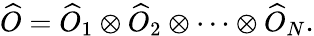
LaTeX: \widehat{O}=\widehat{O}_{1}\otimes\widehat{O}_{2}\otimes\cdots\otimes\widehat{O}_{N}.